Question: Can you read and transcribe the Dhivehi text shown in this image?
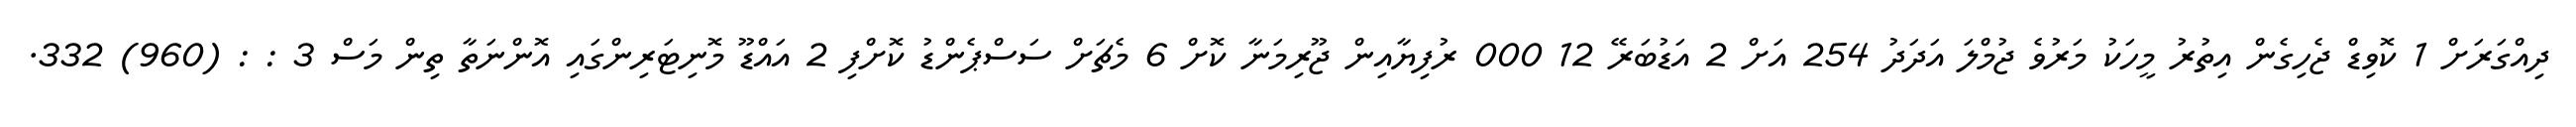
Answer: ދިއްގަރަށް 1 ކޮވިޑް ޖެހިގެން އިތުރު މީހަކު މަރުވެ ޖުމްލަ އަދަދު 254 އަށް 2 އަޑުބަރޭ 12 000 ރުފިޔާއިން ޖޫރިމަނާ ކޮށް 6 މެޗަށް ސަސްޕެންޑު ކޮށްފި 2 އައްޑޫ މޮނިޓަރިންގައި އޮންނަތާ ތިން މަސް 3 : : (960) 332.